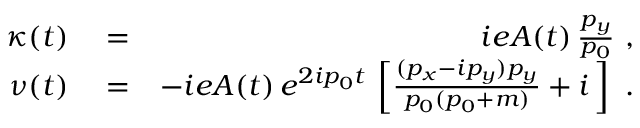
\begin{array} { r l r } { \kappa ( t ) } & { { } = } & { i e A ( t ) \, \frac { p _ { y } } { p _ { 0 } } \ , } \\ { \nu ( t ) } & { { } = } & { - i e A ( t ) \, e ^ { 2 i p _ { 0 } t } \, \left[ \frac { ( p _ { x } - i p _ { y } ) p _ { y } } { p _ { 0 } ( p _ { 0 } + m ) } + i \, \right] \ . } \end{array}